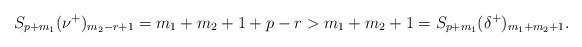
LaTeX: \begin{align*}S_{p+m_1}(\nu^+)_{m_2-r+1}=m_1+m_2+1+p-r>m_1+m_2+1=S_{p+m_1}(\delta^+)_{m_1+m_2+1}.\end{align*}